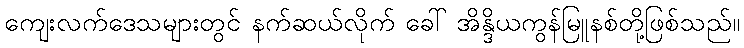
ကျေးလက်ဒေသများတွင် နက်ဆယ်လိုက် ခေါ် အိန္ဒိယကွန်မြူနစ်တို့ဖြစ်သည်။